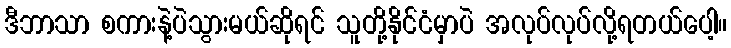
ဒီဘာသာ စကားနဲ့ပဲသွားမယ်ဆိုရင် သူတို့နိုင်ငံမှာပဲ အလုပ်လုပ်လို့ရတယ်ပေါ့။